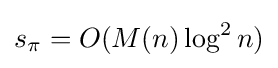
s_{\pi }=O(M(n)\log ^{2}n)